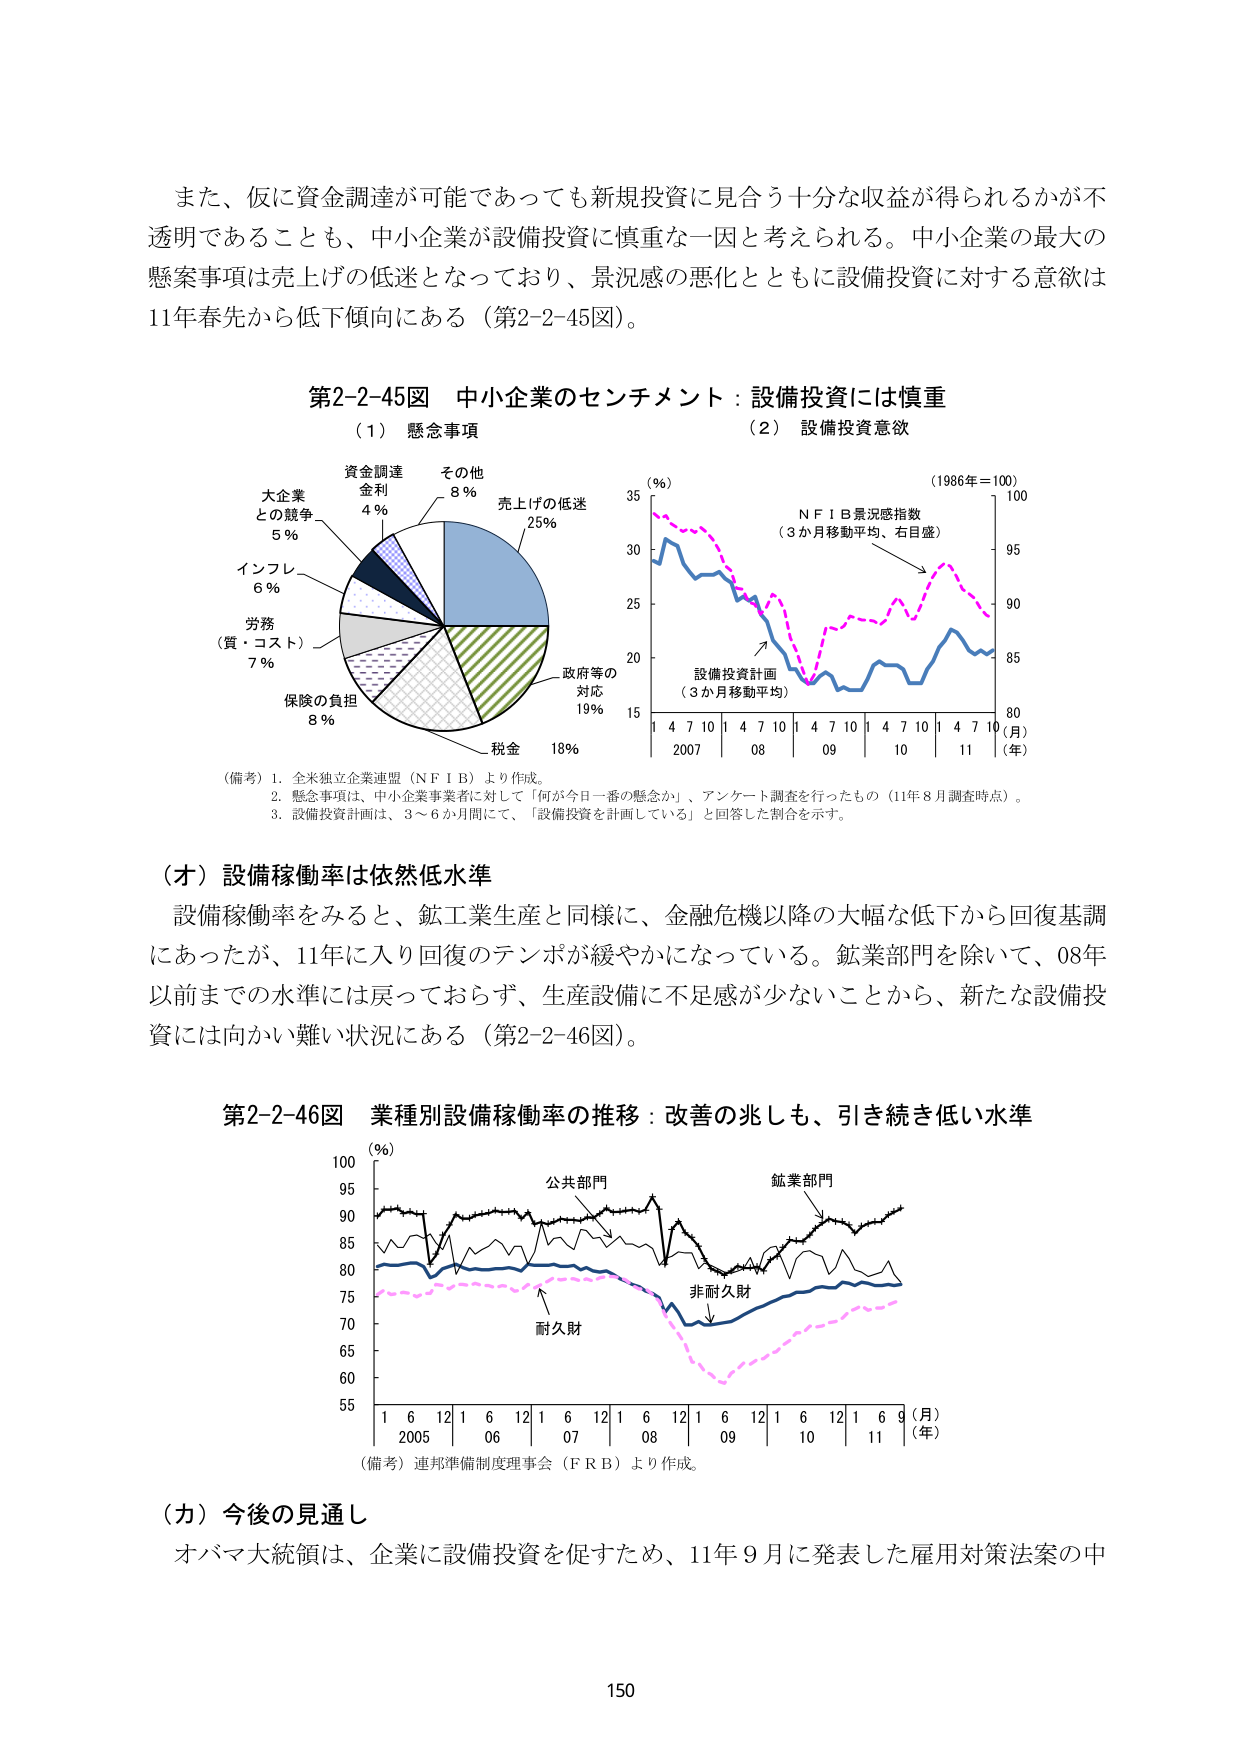
また、仮に資金調達が可能であっても新規投資に見合う十分な収益が得られるかが不透明であることも、中小企業が設備投資に慎重な一因と考えられる。中小企業の最大の懸案事項は売上げの低迷となっており、景況感の悪化とともに設備投資に対する意欲は11年春先から低下傾向にある（第2-2-45図）。

第2-2-45図 中小企業のセンチメント：設備投資には慎重

（1）懸念事項

大企業との競争 5％
インフレ 6％
労務（賃・コスト） 7％
保険の負担 8％
資金調達金利 4％
その他 8％
売上げの低迷 25％
政府等の対応 19％
税金 18％

（備考）1. 全米独立企業連盟（N F I B）より作成。
2. 懸念事項は、中小企業事業者に対して「何が今日一番の懸念か」、アンケート調査を行ったもの（11年8月調査時点）。
3. 設備投資計画は、3～6か月間にて、「設備投資を計画している」と回答した割合を示す。

（2）設備投資意欲

（％）
（1986年＝100）
N F I B景況感指数（3か月移動平均、右目盛）
設備投資計画（3か月移動平均）
1 4 7 10 1 4 7 10 1 4 7 10 1 4 7 10 1 4 7 10 （月）
2007 08 09 10 11 （年）
15 20 25 30 35
80 85 90 95 100

（オ）設備稼働率は依然低水準

設備稼働率をみると、鉱工業生産と同様に、金融危機以降の大幅な低下から回復基調にあったが、11年に入り回復のテンポが緩やかになっている。鉱業部門を除いて、08年以前までの水準には戻っておらず、生産設備に不足感が少なことから、新たな設備投資には向かい難い状況にある（第2-2-46図）。

第2-2-46図 業種別設備稼働率の推移：改善の兆しも、引き続き低い水準

（％）
100
95
90
85
80
75
70
65
60
55
1 6 12 1 6 12 1 6 12 1 6 12 1 6 12 1 6 9 （月）
2005 06 07 08 09 10 11 （年）
公共部門
鉱業部門
非耐久財
耐久財

（備考）連邦準備制度理事会（F R B）より作成。

（カ）今後の見通し

オバマ大統領は、企業に設備投資を促すため、11年9月に発表した雇用対策法案の中

150